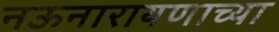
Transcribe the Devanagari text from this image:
नऊनारायणाच्या